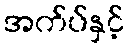
အက်ပ်နှင့်